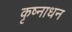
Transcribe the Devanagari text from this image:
कृष्नाधन